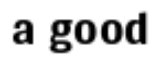
a good